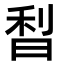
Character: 𣇘